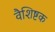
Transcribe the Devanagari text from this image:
वैशिष्टक